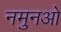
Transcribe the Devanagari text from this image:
नमुनओ